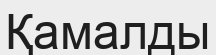
Қамалды